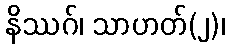
နိဿဂ်၊ သာဟတ်(၂)၊